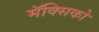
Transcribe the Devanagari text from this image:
मॅक्सिको